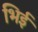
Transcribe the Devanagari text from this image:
भिई